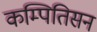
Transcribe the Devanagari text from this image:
कम्पितिसन